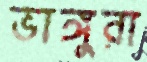
ভাঙ্গুরা